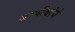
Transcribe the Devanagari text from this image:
जाणीवांचे